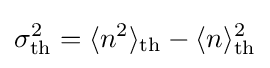
\sigma _{\text{th}}^{2}=\langle n^{2}\rangle _{\text{th}}-\langle n\rangle _{\text{th}}^{2}